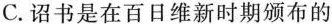
C.诏书是在百日维新时期颁布的